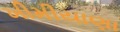
ખીમીયાણા